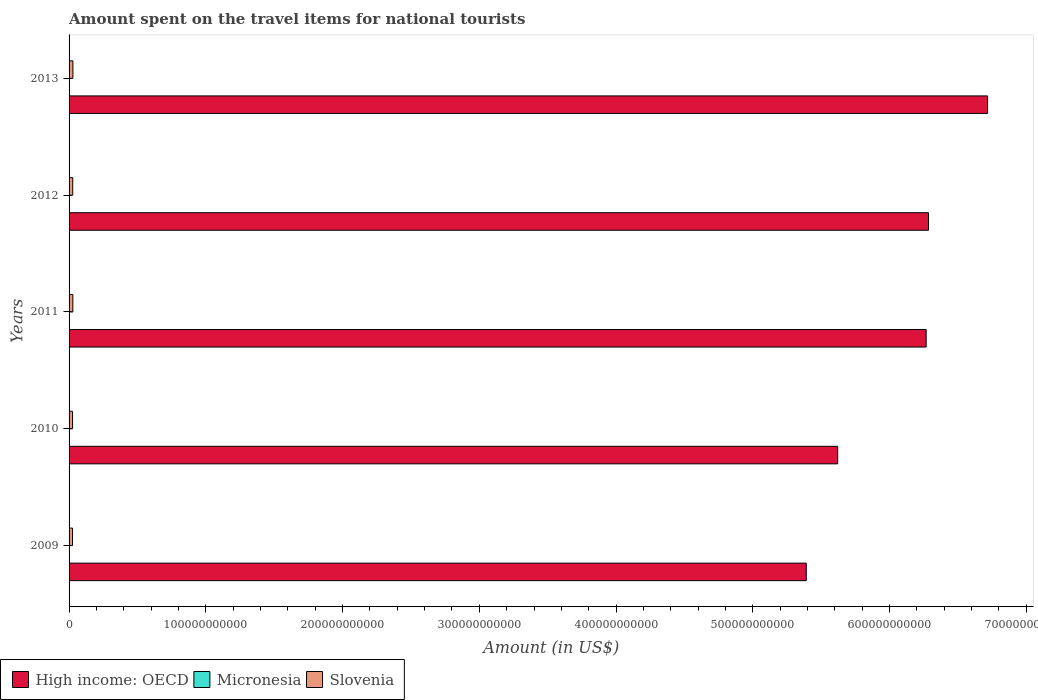
| Years | High income: OECD | Micronesia | Slovenia |
 | --- | --- | --- | --- |
 | 2009 | 5.39e+11 | 2.2e+07 | 2.52e+09 |
 | 2010 | 5.62e+11 | 2.4e+07 | 2.54e+09 |
 | 2011 | 6.27e+11 | 2.2e+07 | 2.76e+09 |
 | 2012 | 6.29e+11 | 2.2e+07 | 2.67e+09 |
 | 2013 | 6.72e+11 | 2.4e+07 | 2.79e+09 |